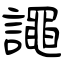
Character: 譝